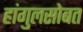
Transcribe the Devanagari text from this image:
हांगुलसोबत